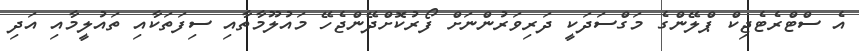
އެ ސްޓްރެޓެޖިކް ޕްލޭންގެ މަގްސަދަކީ ދަރިވަރުންނަށް ފޯރުކޮށްދޭންޖެހޭ މައުލޫމާތާއި ސިފަތަކާއި ތައުލީމާއި އަދި